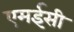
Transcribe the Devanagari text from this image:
एमईसी